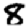
Digit: 8